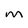
Character: M